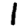
Digit: 1